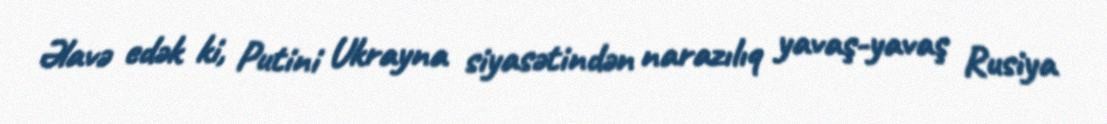
Əlavə edək ki, Putini Ukrayna siyasətindən narazılıq yavaş-yavaş Rusiya